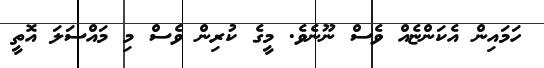
ހަމައިން އެކަންޏެއް ވެސް ނޫނެވެ. މީގެ ކުރިން ވެސް މި މައްސަލަ އޮތީ